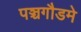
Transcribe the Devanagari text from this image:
पञ्चगौडमे